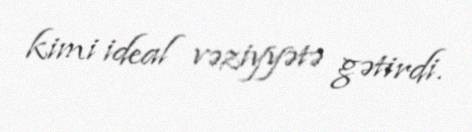
kimi ideal vəziyyətə gətirdi.